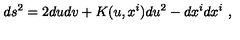
d s ^ { 2 } = 2 d u d v + K ( u , x ^ { i } ) d u ^ { 2 } - d x ^ { i } d x ^ { i } \ ,